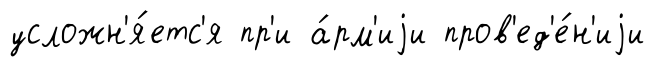
усложн'я́етс'я пр'и а́рм'иjи пров'ед'е́н'иjи